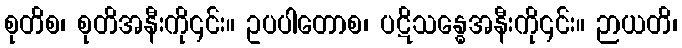
စုတိစ၊ စုတိအနီးကို၎င်း။ ဥပပါတောစ၊ ပဋိသန္ဓေအနီးကို၎င်း။ ဉာယတိ၊